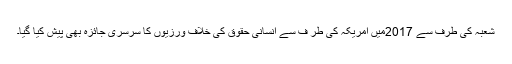
شعبہ کی طرف سے 2017میں امریکہ کی طر ف سے انسانی حقوق کی خلاف ورزیوں کا سرسری جائزہ بھی پیش کیا گیا۔